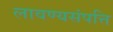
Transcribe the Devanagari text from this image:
लावण्यसंपत्ति